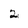
Character: 2